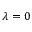
\lambda = 0